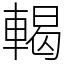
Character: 輵